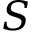
S